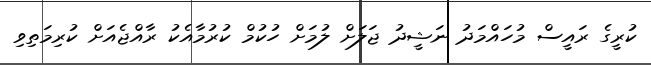
ކުރީގެ ރައީސް މުހައްމަދު ނަޝީދު ޖަލަށް ލުމަށް ހުކުމް ކުރުމާއެކު ރާއްޖެއަށް ކުރިމަތިވި